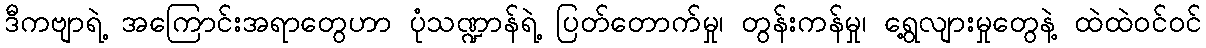
ဒီကဗျာရဲ့ အကြောင်းအရာတွေဟာ ပုံသဏ္ဍာန်ရဲ့ ပြတ်တောက်မှု၊ တွန်းကန်မှု၊ ရွေ့လျားမှုတွေနဲ့ ထဲထဲဝင်ဝင်